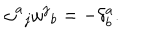
LaTeX: { \omega ^ { a } } _ { j } { \omega ^ { j } } _ { b } = - \delta _ { b } ^ { a } .